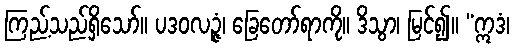
ကြည့်သည်ရှိသော်။ ပဒဝလဉ္ဇံ၊ ခြေတော်ရာကို။ ဒိသွာ၊ မြင်၍။ “ဣဒံ၊